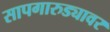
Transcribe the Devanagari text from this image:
सापगारुड्यावर